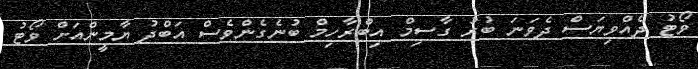
ވޯޓު ދެއްވިޔަސް ދެވަނަ ބުރު ގާސިމް އިބްރާހިމް ބުނެގެންވެސް އަބްދު ޔާމީންއަށް ވޯޓު